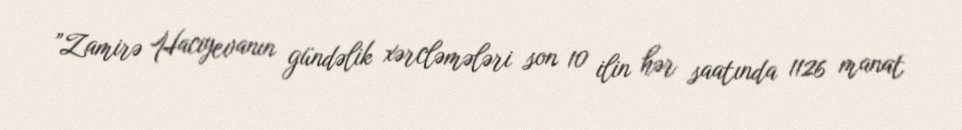
”Zamirə Hacıyevanın gündəlik xərcləmələri son 10 ilin hər saatında 1126 manat